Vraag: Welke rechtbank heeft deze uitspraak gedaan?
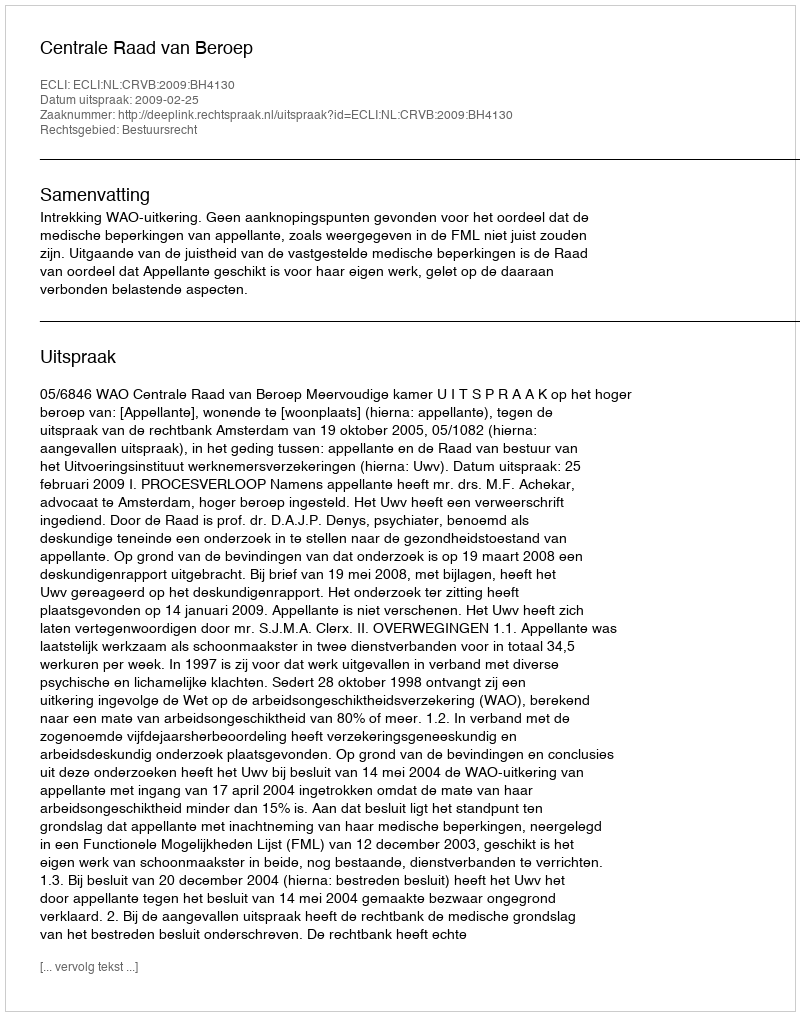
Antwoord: Centrale Raad van Beroep